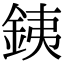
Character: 銕